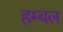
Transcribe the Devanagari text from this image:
हम्बल